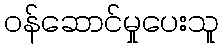
ဝန်ဆောင်မှုပေးသူ